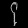
Digit: ၄